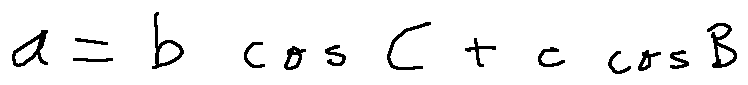
a = b \cos C + c \cos B